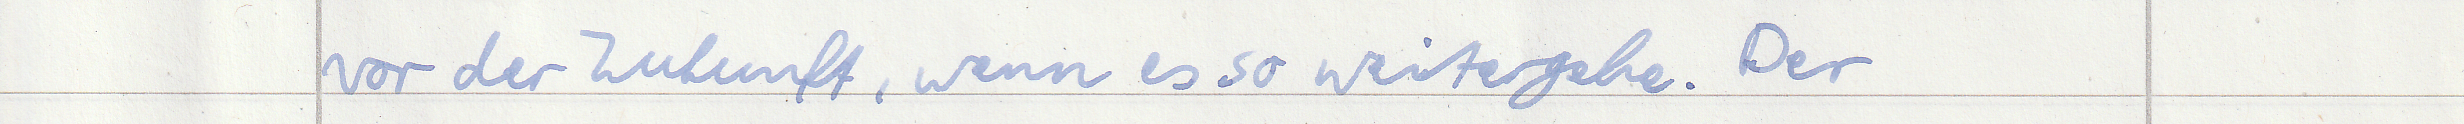
vor der Zukunft, wenn es so weitergehe. Der